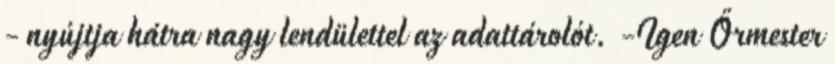
- nyújtja hátra nagy lendülettel az adattárolót. -Igen Őrmester